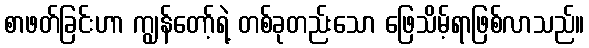
စာဖတ်ခြင်းဟာ ကျွန်တော့်ရဲ့ တစ်ခုတည်းသော ဖြေသိမ့်ရာဖြစ်လာသည်။